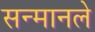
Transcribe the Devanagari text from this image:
सन्मानले